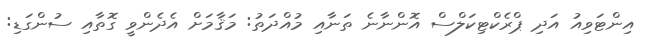
އިންޓަވިއު އަދި ޕްރެކްޓިކަލްސް އޮންނާނެ ތަނާއި މުއްދަތު: މަޤާމަށް އެދެންވީ ގޮތާއި ސުންގަޑި: